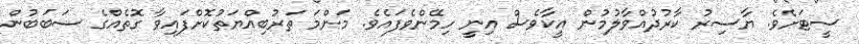
ސީޓަށެވެ. ޔާސިރު ކާރުދުއްވާލުމުން އީކާވެސް އިނީ ހިމޭންވެފައެވެ. މަންމަ ތަރުބިއްޔަތުކޮށްފައިވާ ގޮތެއްގެ ސަބަބުން